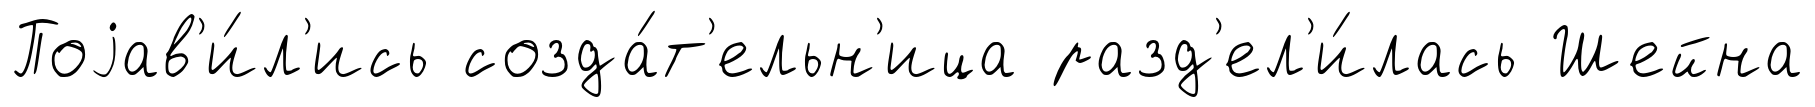
Поjав'и́л'ись созда́т'ельн'ица разд'ел'и́лась Шейна